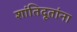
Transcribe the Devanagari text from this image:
शांतिदूतांना